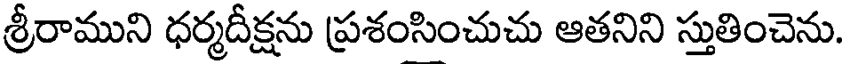
శ్రీరాముని ధర్మదీక్షను ప్రశంసించుచు ఆతనిని స్తుతించెను.